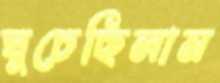
ঘুচেছিলাম